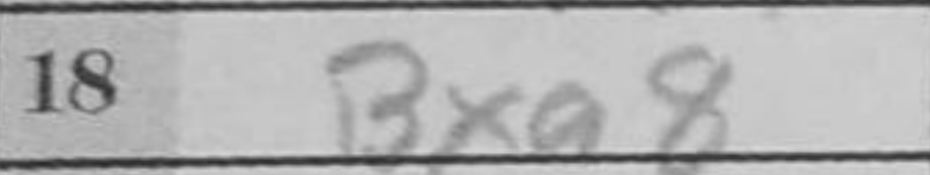
Transcription: Bxa8